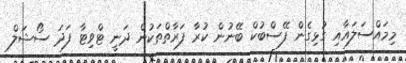
މިމައްސަލައާއި ގުޅިގެން ފޭސްބުކް ބޭނުން ކުރާ ފަރާތްތަކުން ދަނީ ޓްވިޓާ ފަދަ ސޯޝަލް